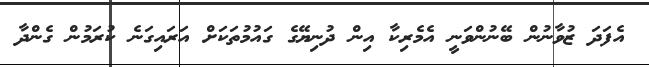
އެފަދަ ޒުވާނުން ބޭނުންވަނީ އެމެރިކާ އިން ދުނިޔޭގެ ގައުމުތަކަށް އަރައިގަނެ ކުރަމުން ގެންދާ